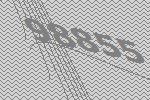
98855